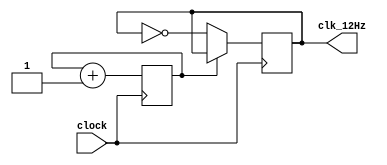
`timescale 1ns / 1ps
//////////////////////////////////////////////////////////////////////////////////
// Company: 
// Engineer: 
// 
// Design Name: 
// Module Name: clk_12hz
// Project Name: 
// Target Devices: 
// Tool Versions: 
// Description: 
// 
// Dependencies: 
// 
// Revision:
// Revision 0.01 - File Created
// Additional Comments:
// 
//////////////////////////////////////////////////////////////////////////////////


module clk_12hz(
    input clock,
    output reg clk_12Hz
    );
    
    reg count = 0;
        
    always @ (posedge clock)
    begin
        count <= count + 1;
        clk_12Hz <= (count == 0) ? ~clk_12Hz : clk_12Hz;
    end
endmodule